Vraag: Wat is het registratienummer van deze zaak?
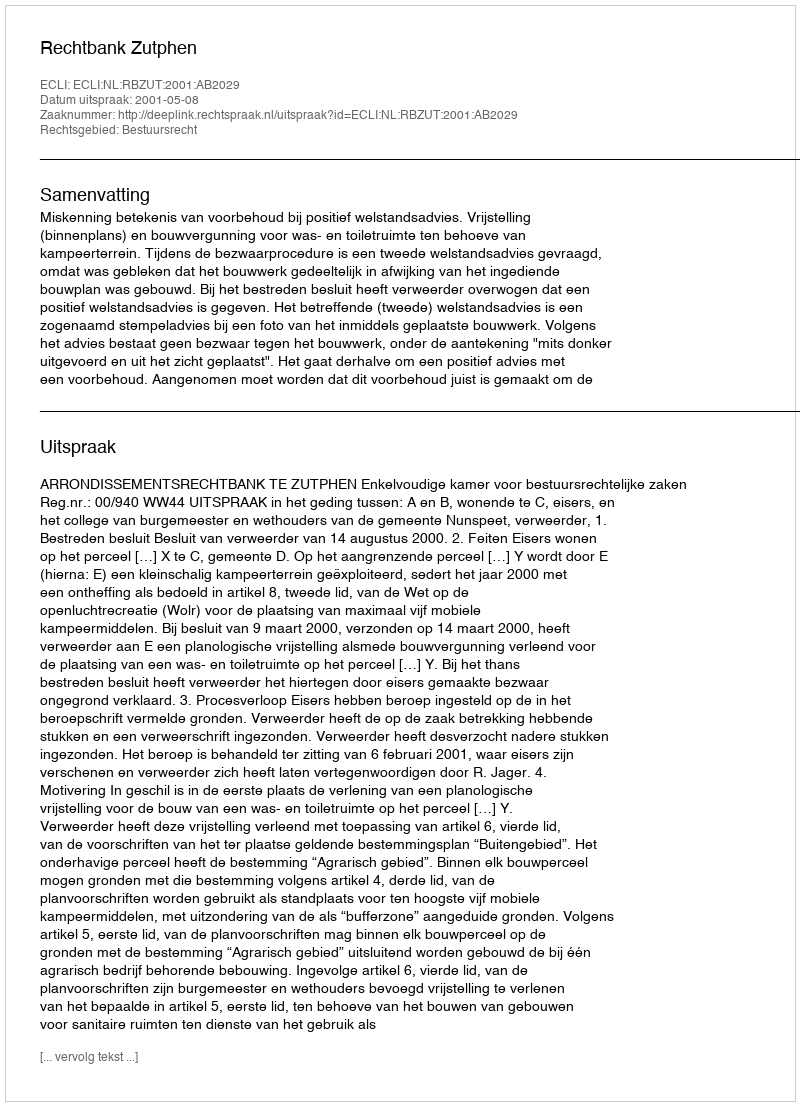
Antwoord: http://deeplink.rechtspraak.nl/uitspraak?id=ECLI:NL:RBZUT:2001:AB2029